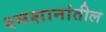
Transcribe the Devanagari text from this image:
श्मशानांतील